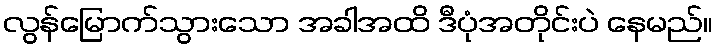
လွန်မြောက်သွားသော အခါအထိ ဒီပုံအတိုင်းပဲ နေမည်။